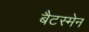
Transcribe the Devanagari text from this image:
बैटस्मेन